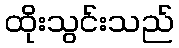
ထိုးသွင်းသည်